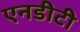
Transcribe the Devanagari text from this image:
एनडीटी